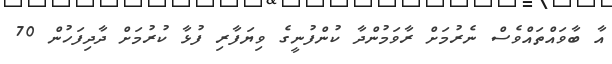
އާ ބާވައްތައްވެސް ނެރުމަށް ރާވަމުންދާ ކުންފުނީގެ ވިޔަފާރި ފުޅާ ކުރުމަށް ދާދިފަހުން 70